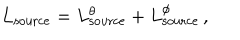
L _ { \mathrm { s o u r c e } } = L _ { \mathrm { s o u r c e } } ^ { \theta } + L _ { \mathrm { s o u r c e } } ^ { \phi } \, ,